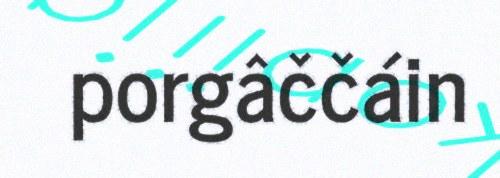
porgâččáin